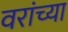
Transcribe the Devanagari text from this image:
वरांच्या